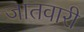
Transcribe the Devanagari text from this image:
जातवारी